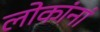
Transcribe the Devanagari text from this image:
लोकांनां